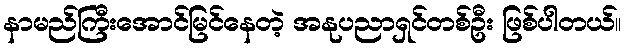
နာမည်ကြီးအောင်မြင်နေတဲ့ အနုပညာရှင်တစ်ဦး ဖြစ်ပါတယ်။